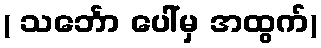
( သင်္ဘော ပေါ်မှ အထွက်)